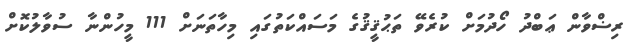
ރިޟްވާން ޢަބްދު ހޯދުމަށް ކުރެވޭ ތަޙުޤީޤުގެ މަސައްކަތުގައި މިހާތަނަށް 111 މީހުންނާ ސުވާލުކޮށް